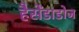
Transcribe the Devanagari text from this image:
हैसेंडाडोज